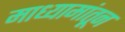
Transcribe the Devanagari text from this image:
माध्यामांतून